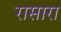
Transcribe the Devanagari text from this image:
रासारा